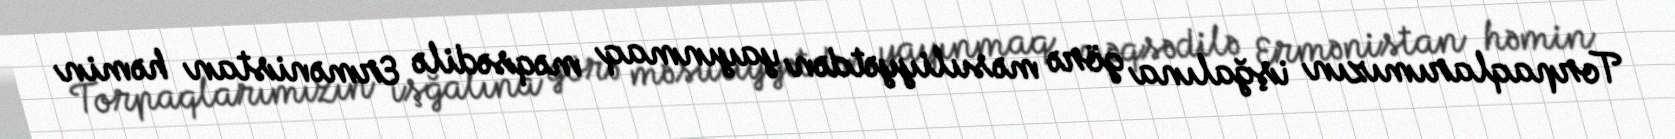
Torpaqlarımızın işğalına görə məsuliyyətdən yayınmaq məqsədilə Ermənistan həmin